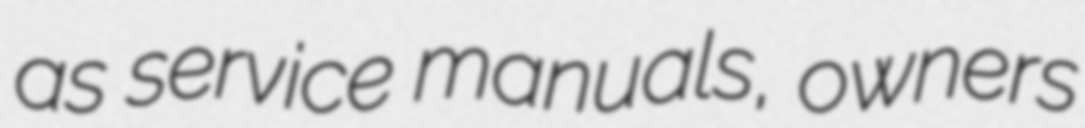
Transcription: as service manuals, owners